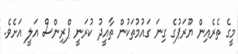
މީގެ ތެރެއިން ޔޫރަޕުގެ ގިނަ ގައުމުތަކުން ތާއީދު ކުރަނީ ޕްރިންސް އަލީ އަށެވެ.